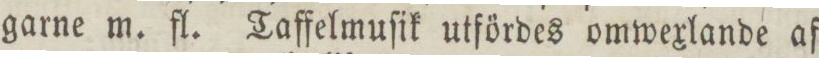
garne m. fl. Taffelmuſik utfördes omwexlande af